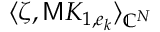
\langle \zeta , \mathsf { M } K _ { 1 , e _ { k } } \rangle _ { \mathbb { C } ^ { N } }